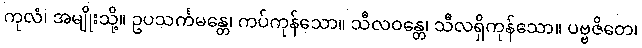
ကုလံ၊ အမျိုးသို့။ ဥပသင်္ကမန္တေ၊ ကပ်ကုန်သော။ သီလဝန္တေ၊ သီလရှိကုန်သော။ ပဗ္ဗဇိတေ၊